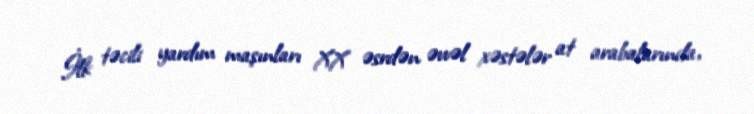
İlk təcili yardım maşınları XX əsrdən əvvəl xəstələr at arabalarında,